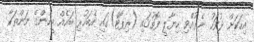
އިހަކަށް ދުވަހު ނެރުއްވި ހިޔާލީ ފޮތުގައި (ރިޕޯޓް)ގައި އެބަހުރި ބައެއް މީހުންގެ ނަންތަކާ